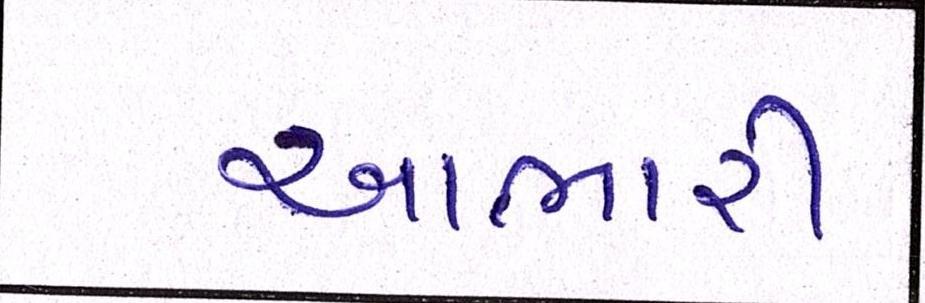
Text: આભારી